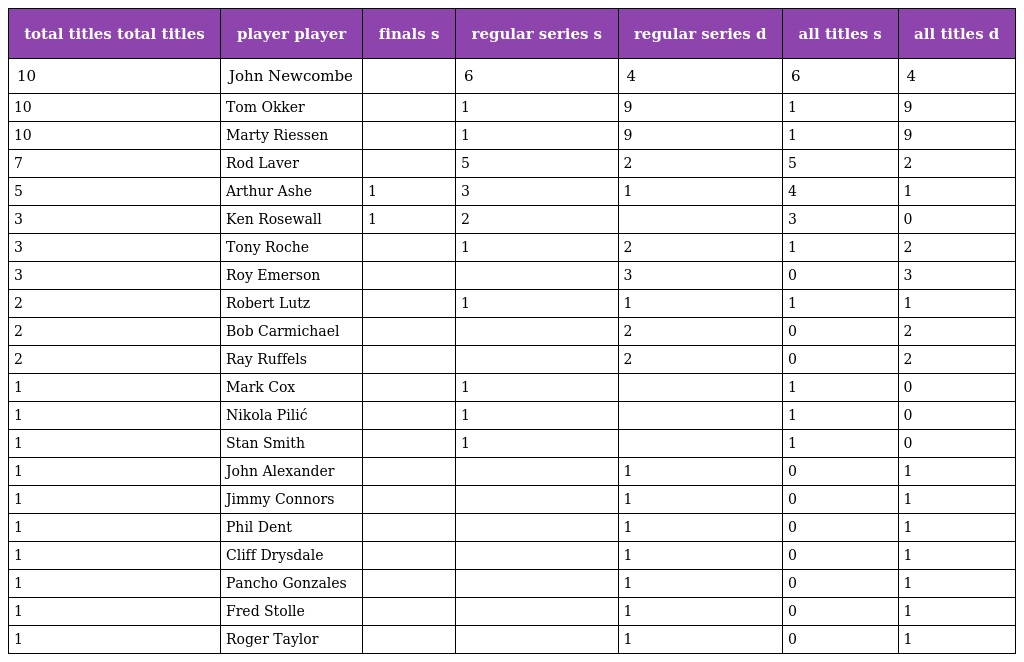
| total titles total titles | player player | finals s | regular series s | regular series d | all titles s | all titles d |
 | --- | --- | --- | --- | --- | --- | --- |
 | 10 | John Newcombe |  | 6 | 4 | 6 | 4 |
 | 10 | Tom Okker |  | 1 | 9 | 1 | 9 |
 | 10 | Marty Riessen |  | 1 | 9 | 1 | 9 |
 | 7 | Rod Laver |  | 5 | 2 | 5 | 2 |
 | 5 | Arthur Ashe | 1 | 3 | 1 | 4 | 1 |
 | 3 | Ken Rosewall | 1 | 2 |  | 3 | 0 |
 | 3 | Tony Roche |  | 1 | 2 | 1 | 2 |
 | 3 | Roy Emerson |  |  | 3 | 0 | 3 |
 | 2 | Robert Lutz |  | 1 | 1 | 1 | 1 |
 | 2 | Bob Carmichael |  |  | 2 | 0 | 2 |
 | 2 | Ray Ruffels |  |  | 2 | 0 | 2 |
 | 1 | Mark Cox |  | 1 |  | 1 | 0 |
 | 1 | Nikola Pilić |  | 1 |  | 1 | 0 |
 | 1 | Stan Smith |  | 1 |  | 1 | 0 |
 | 1 | John Alexander |  |  | 1 | 0 | 1 |
 | 1 | Jimmy Connors |  |  | 1 | 0 | 1 |
 | 1 | Phil Dent |  |  | 1 | 0 | 1 |
 | 1 | Cliff Drysdale |  |  | 1 | 0 | 1 |
 | 1 | Pancho Gonzales |  |  | 1 | 0 | 1 |
 | 1 | Fred Stolle |  |  | 1 | 0 | 1 |
 | 1 | Roger Taylor |  |  | 1 | 0 | 1 |